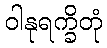
ဝါနုရက္ခိတုံ